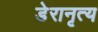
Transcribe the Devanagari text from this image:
डेरानृत्य